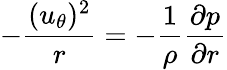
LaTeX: -\frac{(u_{\theta})^{2}}{r}=-\frac{1}{\rho}\frac{\partial p}{\partial r}